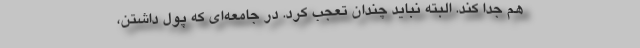
هم جدا کند. البته نباید چندان تعجب کرد. در جامعه‌ای که پول داشتن،